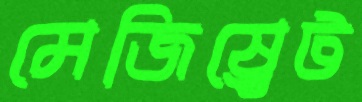
মেজিষ্র্বেট